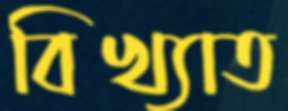
বিখ্যাত